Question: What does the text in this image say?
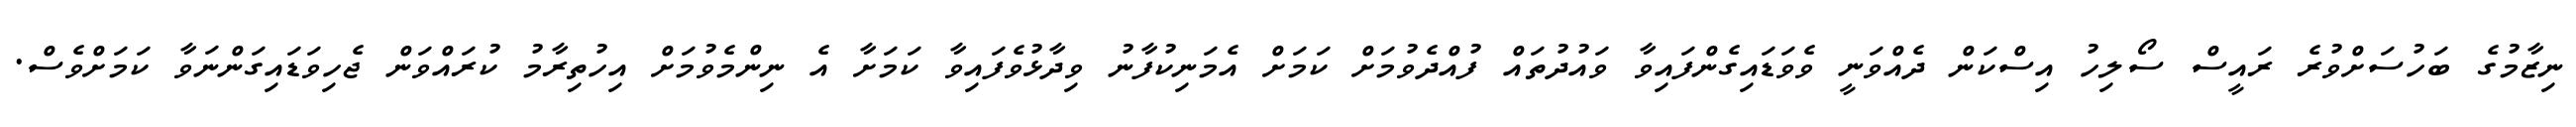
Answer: ނިޒާމުގެ ބަހުސަށްވުރެ ރައީސް ސޯލިހު އިސްކަން ދެއްވަނީ ވެވަޑައިގެންފައިވާ ވައުދުތައް ފުއްދެވުމަށް ކަމަށް އެމަނިކުފާނު ވިދާޅުވެފައިވާ ކަމަށާ އެ ނިންމެވުމަށް އިހުތިރާމު ކުރައްވަން ޖެހިވަޑައިގަންނަވާ ކަމަށްވެސް.